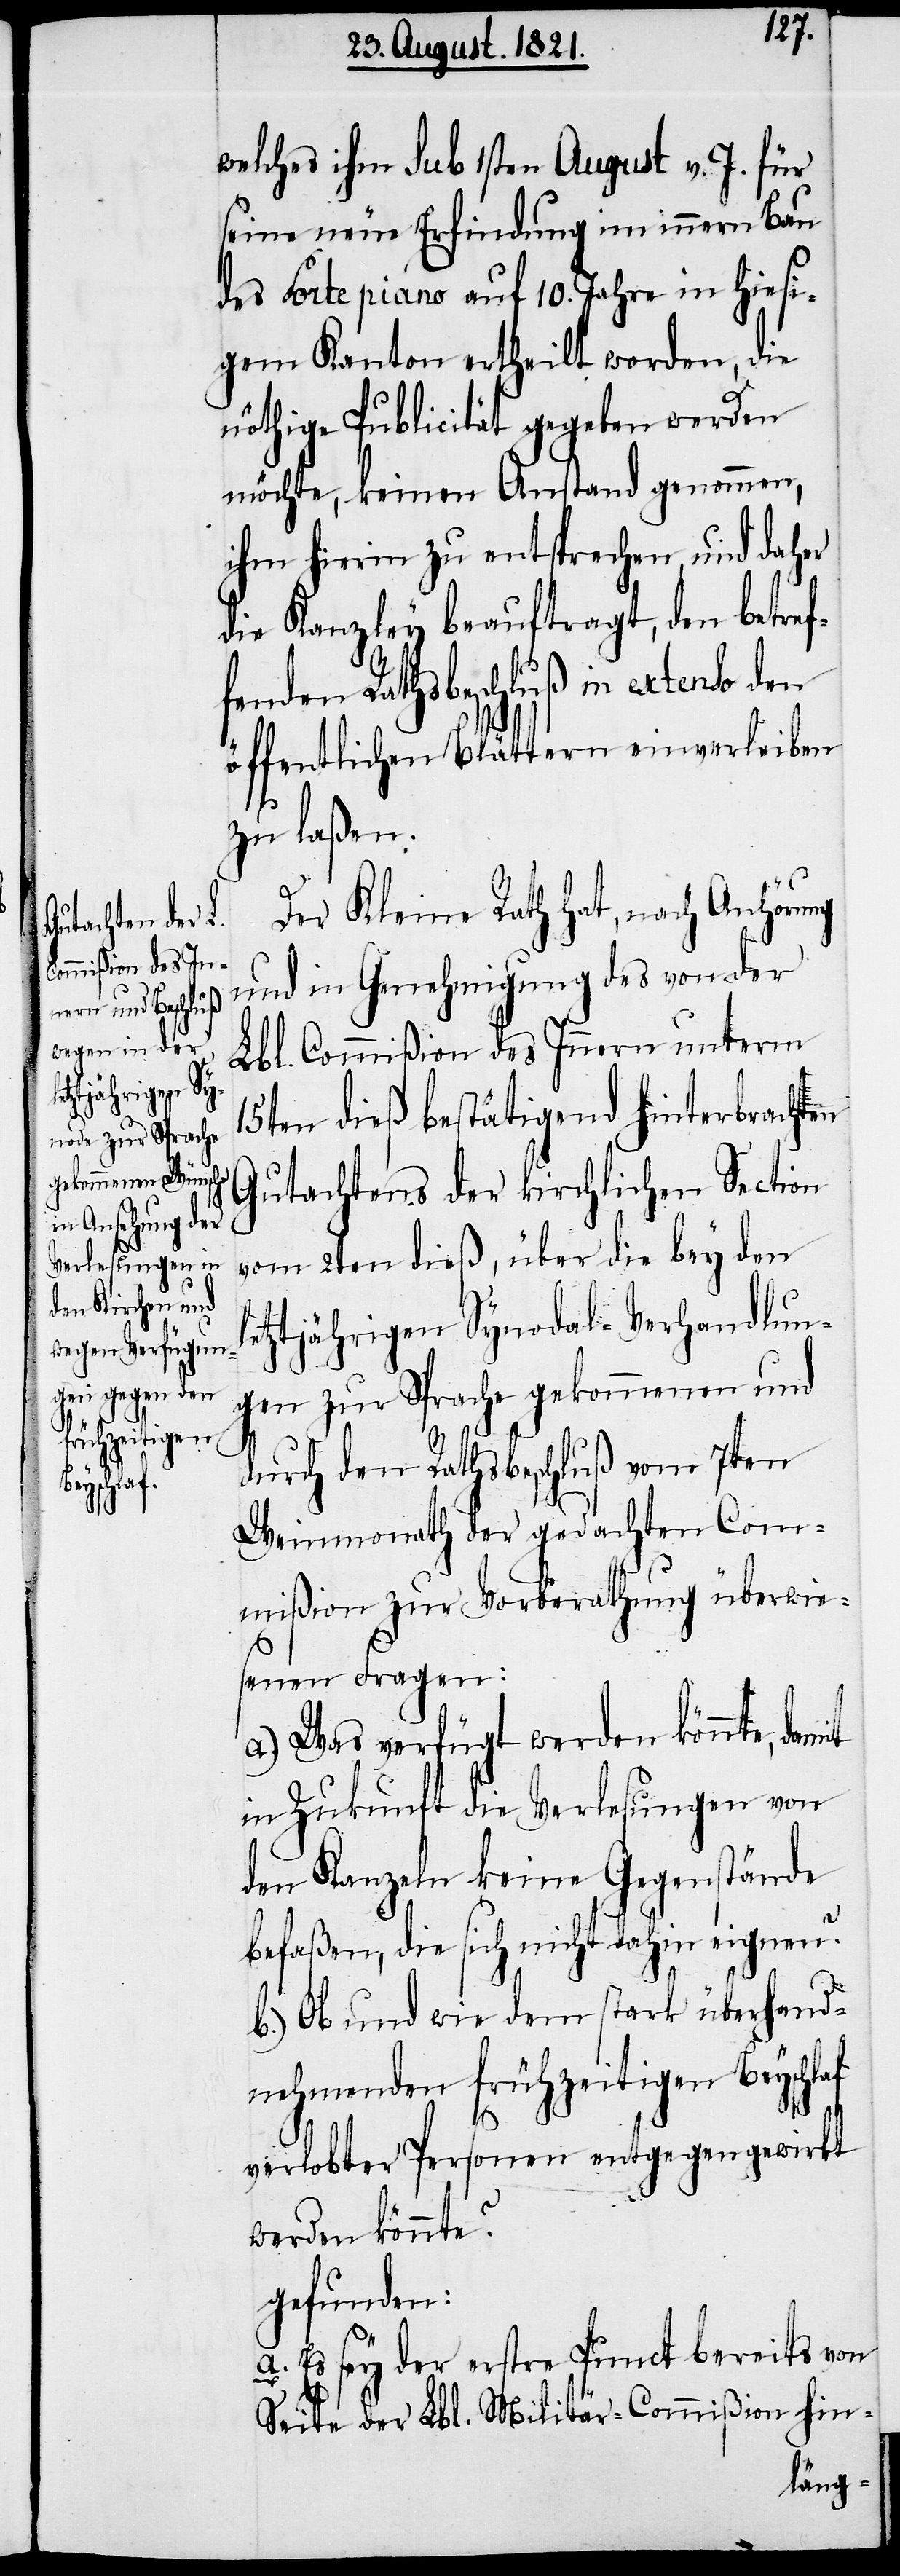
welches ihm sub 1sten August v. J. für
seine neue Erfindung im innern Bau
des Forte piano auf 10. Jahre in hiesi¬
gem Kanton ertheilt worden, die
nöthige Publicität gegeben werden
möchte, keinen Anstand genommen,
ihm hierin zu entsprechen und daher
die Kanzley beauftragt, den betref¬
fenden Rathsbeschluß in extenso den
öffentlichen Blättern einverleiben
zu laßen.
Der Kleine Rath hat, nach Anhör¬
und in Genehmigung des von der
Lbl. Commißion des Innern unterm
15ten dieß bestätigend hinterbrachten
Gutachtens der kirchlichen Section
vom 2ten dieß, über die bey den
letztjährigen Synodal-Verhandlun¬
gen zur Sprache gekommenen und
durch den Rathsbeschluß vom 7ten
Weinmonath der gedachten Com¬
mißion zur Vorberathung überwie¬
senen Fragen:
a) Was verfügt werden könnte,
in Zukunft die Verlesungen von
den Kanzeln keine Gegenstände
befaßen, die sich nicht dahin eignen?
b.) Ob und wie dem stark überhand¬
nehmenden frühzeitigen Beyschlaf
verlobter Personen entgegen gewirkt
werden könnte?
gefunden:
a. Es sey der erstre Punct bereits von
Seite der Lbl. Militär-Commißion hin-
ung